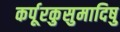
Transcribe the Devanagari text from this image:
कर्पूरकुसुमादिषु